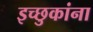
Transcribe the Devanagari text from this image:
इच्छुकांना